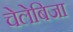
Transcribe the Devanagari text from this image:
चेलेबिजा